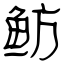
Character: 鲂